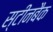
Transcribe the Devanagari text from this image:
स्टीनबैक